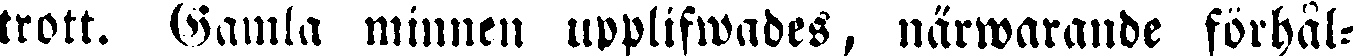
trott. Gamla minnen upplifwades, närwarande förhål-